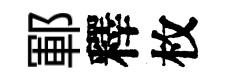
鄆釋枚